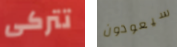
تتركى سيعودون